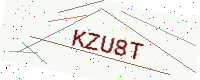
Text: KZU8T